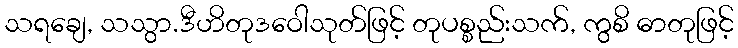
သရချေ, သသွာ.ဒီဟိတုဒဝေါသုတ်ဖြင့် တုပစ္စည်းသက်, ကွစိ ဓာတုဖြင့်